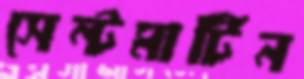
সেন্টমার্টিন